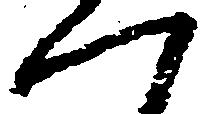
一